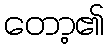
တော့၏